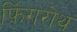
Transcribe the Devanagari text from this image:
फ़िंगरोथ